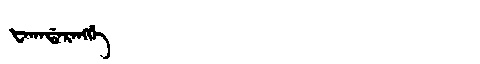
Manchu: ᡶᠠᡴᠠᡩᠠᡵᠠᠩᡤᡝ
Romanization: FAKADARANGGE